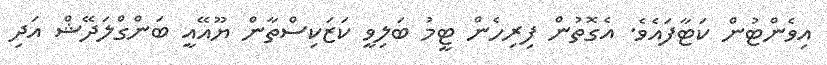
އިވެންޓުން ކަޓާފައެވެ. އެގޮތުން ފިރިހެން ޓީމު ބަލިވީ ކަޒަކިސްތާން ޔޫއޭއީ ބަންގްލަދޭޝް އަދި